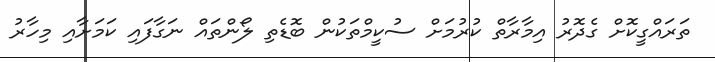
ތަރައްގީކޮށް ގެދޮރު އިމާރާތް ކުރުމަށް ސުކީމްތަކުން ބޮޑެތި ލޯންތައް ނަގާފައި ކަމަށާއި މިހާރު